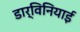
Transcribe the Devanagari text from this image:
डार्विनियाई